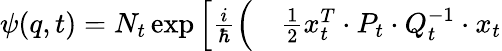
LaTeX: \begin{array}{rl}{\psi(q,t)=N_{t}\exp\Big[\frac{i}{\hbar}\Big(}&{{}\frac{1}{2}x_{t}^{T}\cdot P_{t}\cdot Q_{t}^{-1}\cdot x_{t}}\end{array}